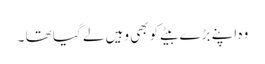
وہ اپنے بڑے بیٹے کو بھی وہیں لے گیا تھا ۔